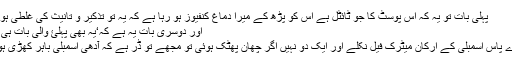
پہلی بات تو یہ کہ اس پوسٹ کا جو ٹائٹل ہے اس کو پڑھ کے میرا دماغ کنفیوز ہو رہا ہے کہ یہ تو تذکیر و تانیث کی غلطی ہو گئی
اور دوسری بات یہ ہے کہ‘یہ بھی پہلئ والی بات ہی ہے‘
بی اے پاس اسمبلی کے ارکان میٹرک فیل نکلے اور ایک دو نہیں اگر چھان پھٹک ہوئی تو مجھے تو ڈر ہے کہ آدھی اسمبلی باہر کھڑی ہوگی!